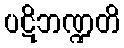
ပဋိဘဏ္ဍတိ